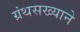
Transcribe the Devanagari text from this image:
ग्रंथसख्याने